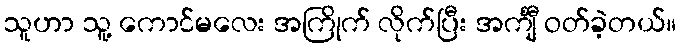
သူဟာ သူ့ ကောင်မလေး အကြိုက် လိုက်ပြီး အင်္ကျီ ဝတ်ခဲ့တယ်။